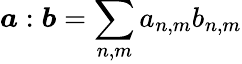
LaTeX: \boldsymbol{a}:\boldsymbol{b}=\sum_{n,m}a_{n,m}b_{n,m}